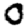
Digit: 0